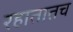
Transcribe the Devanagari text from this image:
रहातातच